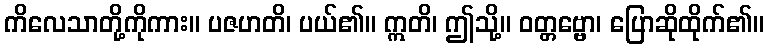
ကိလေသာတို့ကိုကား။ ပဇဟတိ၊ ပယ်၏။ ဣတိ၊ ဤသို့။ ဝတ္တဗ္ဗော၊ ပြောဆိုထိုက်၏။